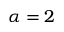
\alpha = 2